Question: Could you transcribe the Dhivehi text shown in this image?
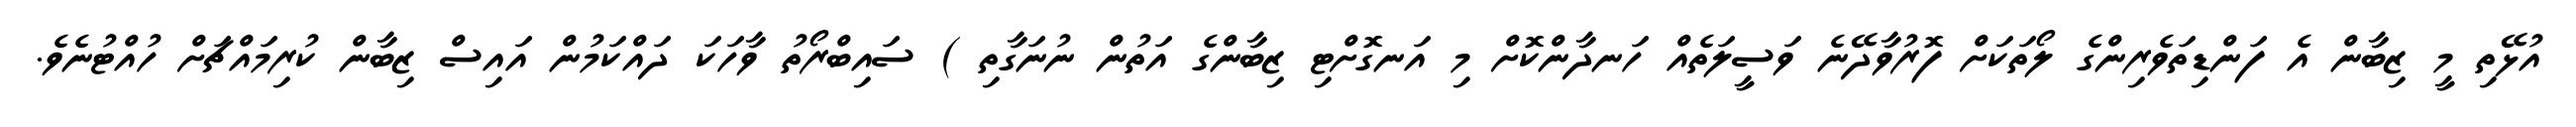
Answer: އުޅޭތި މީ ޒިބާން އެ ފަންޑިތަވެރިންގެ ލޯތަކަށް ފޮރުވާދޭނެ ވަސީލަތެއް ހަނދާންކޮށް މި އަނގޮށްޓި ޒިބާންގެ އަތުން ނުނަގާތި ) ސައިބްރޯތު ވާހަކަ ދައްކަމުން އައިސް ޒިބާން ކުރިމައްޗަށް ހުއްޓުނެވެ.